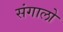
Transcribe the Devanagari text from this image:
संगालो